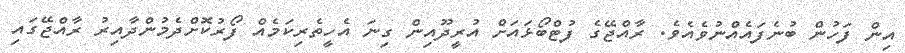
އިން ފަހުން ބުނެފައެއްނުވެއެވެ. ރާއްޖޭގެ ފުޓްބޯޅައަށް އުރީދޫއިން ގިނަ އެހީތެރިކަމެއް ފޯރުކޮށްދެމުންދާއިރު ރާއްޖޭގައި